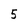
Character: 5